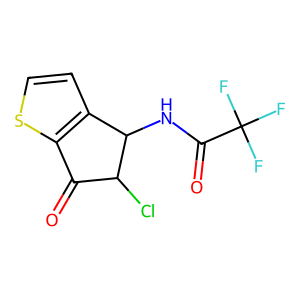
SMILES: O=C1c2sccc2C(NC(=O)C(F)(F)F)C1Cl
Inhibits HIV replication: No